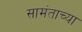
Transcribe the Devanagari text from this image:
सामंताच्या